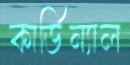
কার্ডিন্যাল